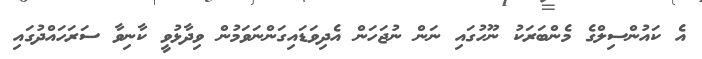
އެ ކައުންސިލްގެ މެންބަރަކު ނޫހުގައި ނަން ނުޖަހަން އެދިވަޑައިގަންނަވަމުން ވިދާޅުވީ ކާނިވާ ސަރަހައްދުގައި